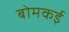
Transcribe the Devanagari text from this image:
बोमकई